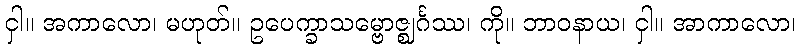
ငှါ။ အကာလော၊ မဟုတ်။ ဥပေက္ခာသမ္ဗောဇ္ဈင်္ဂဿ၊ ကို။ ဘာဝနာယ၊ ငှါ။ အာကာလော၊